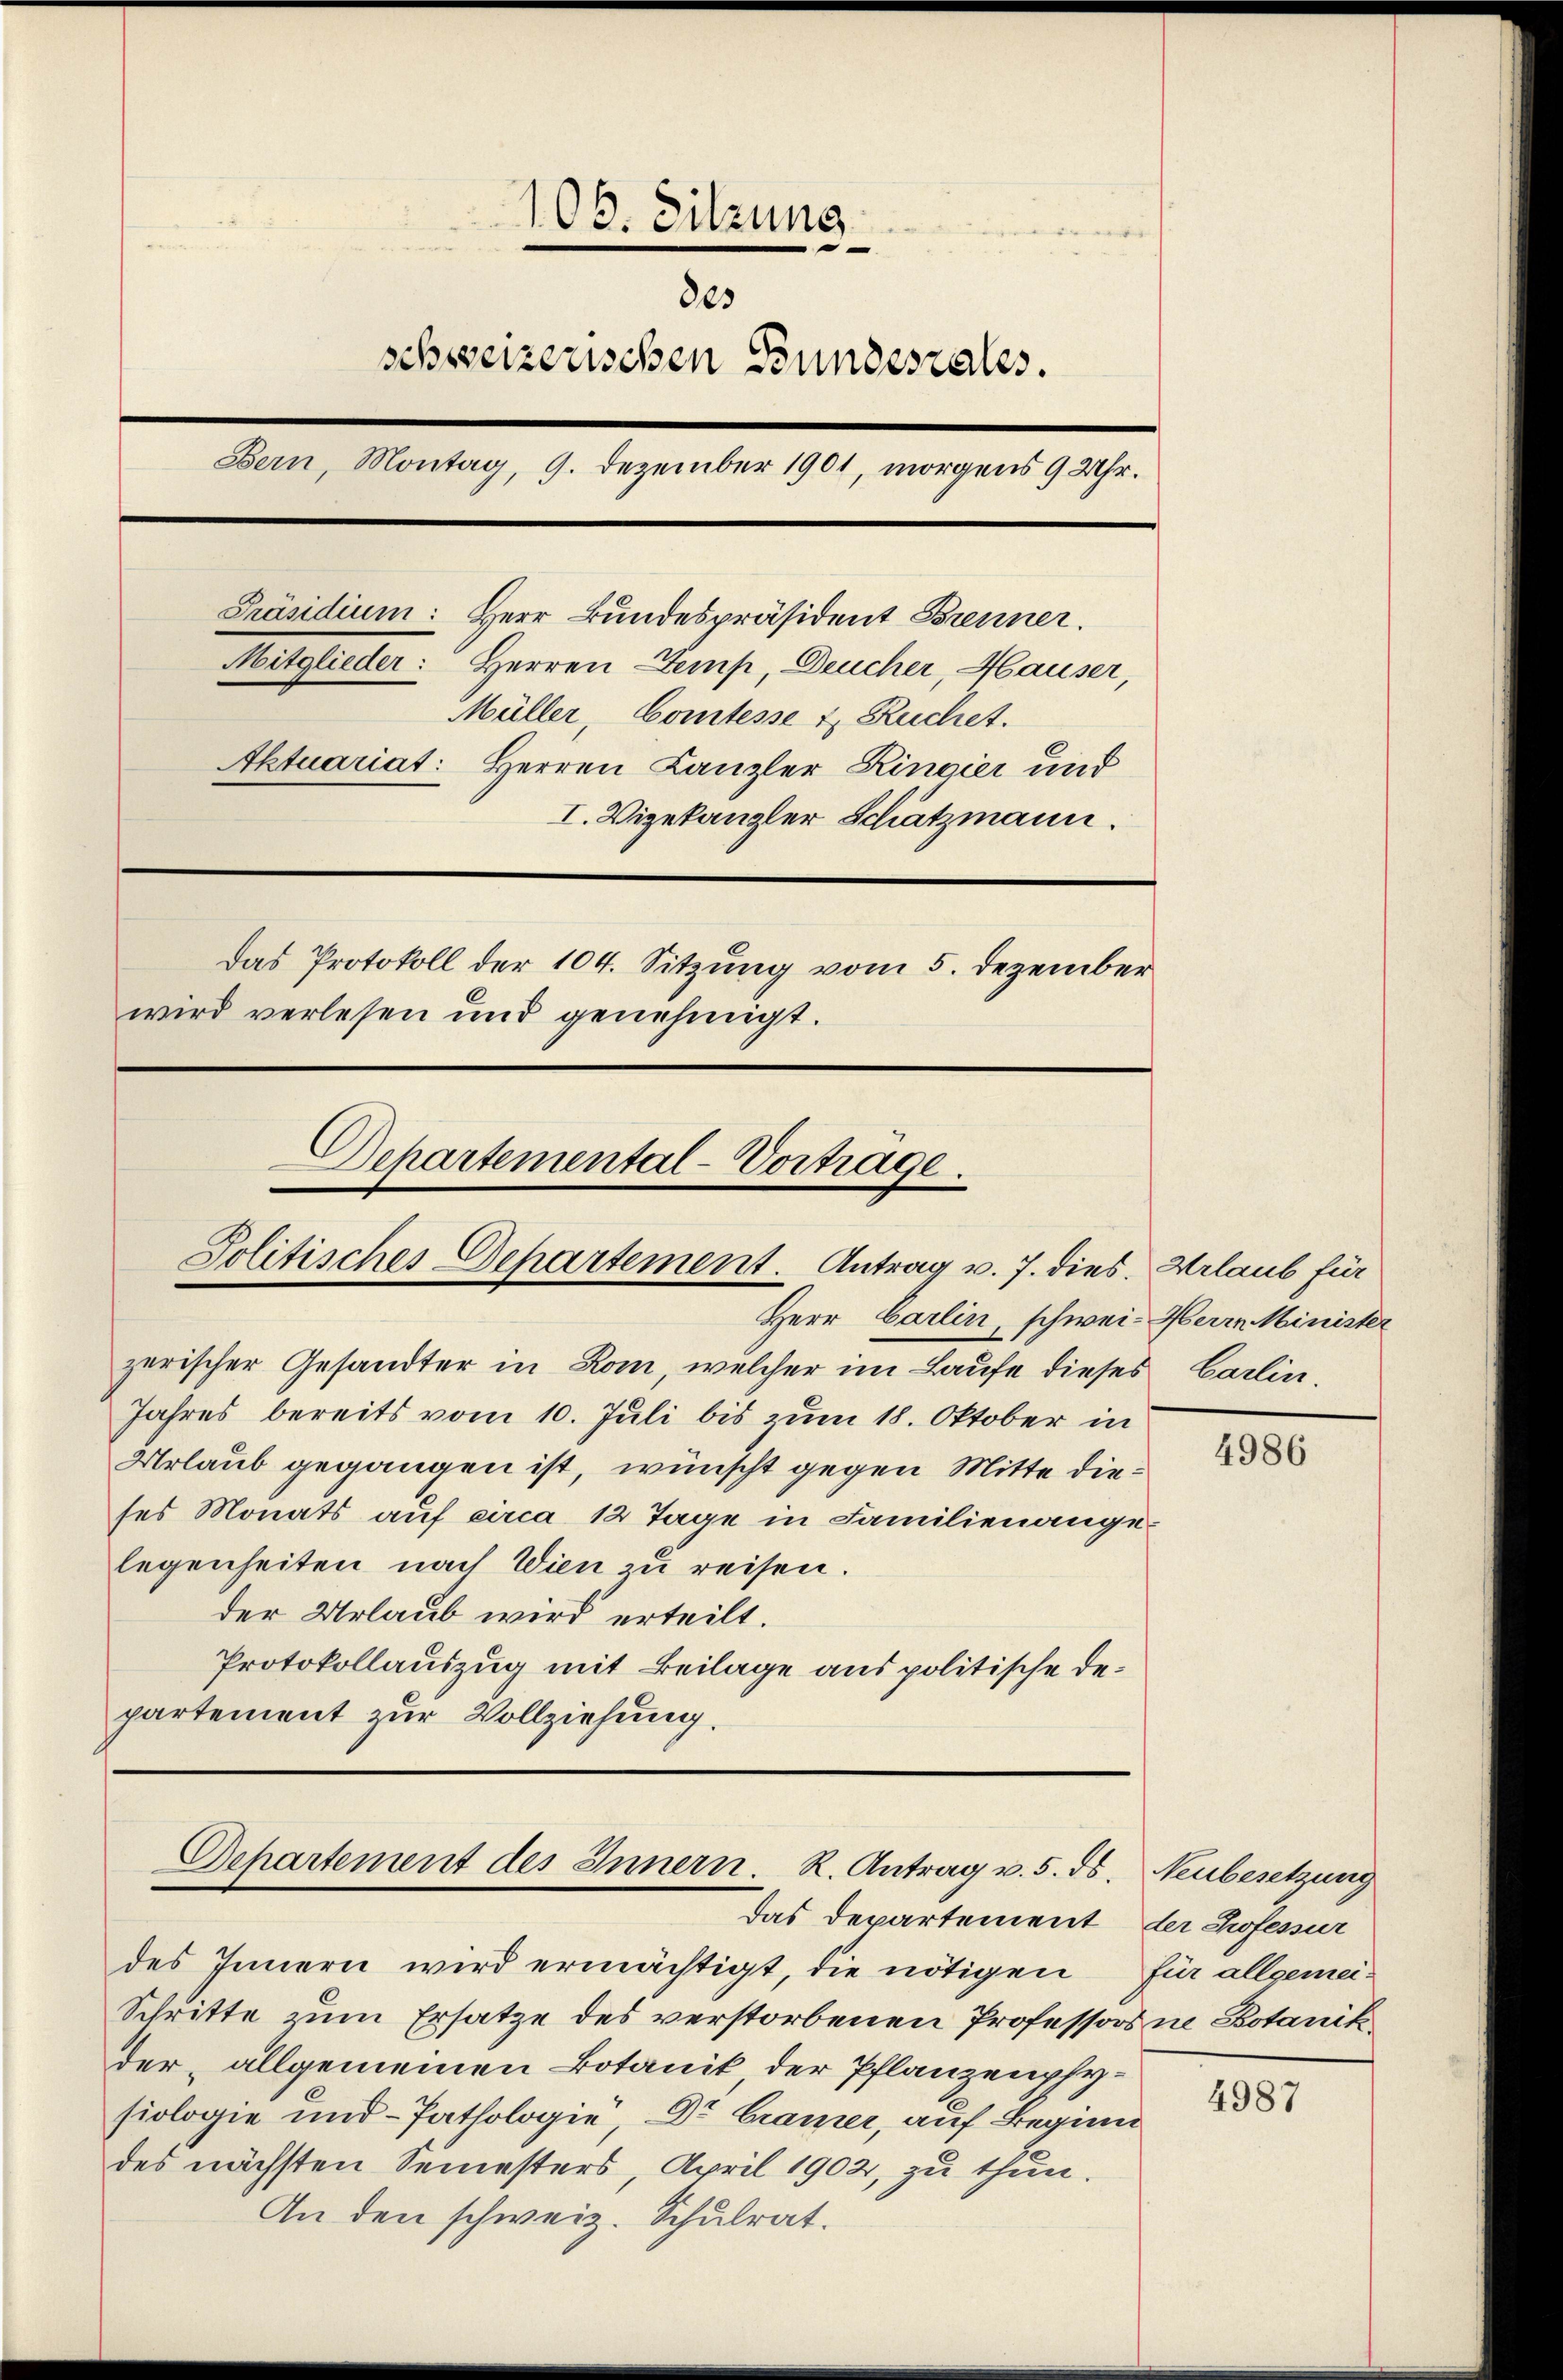
108. Sitzung
8es
schweizerischen Bundesrates.
Bern, Montag, 9. Dezember 1901, morgens 9 Uhr.
Präsidium: Herr Bundespräsident Brenner.
Mitglieder: Herren Temp, Deucher, Hauser,
Müller, Comtesse & Ruchet.
Aktuariat: Herren Kanzler Ringier und
I. Vizekanzler Schatzmann.
Das Protokoll der 104. Sitzung vom 5. Dezember
wird verlesen und genehmigt.

Departemental-Vortrage.
Solitisches Departement. Antrag v. 7. dies Urlaub für

Herr Carlin, schwei- Herrn Minister
zerischer Gesandter in Rom, welcher im Laufe dieses
Jahres bereits vom 10. Juli bis zum 18. Oktober in
Urlaub gegangen ist, wünscht gegen Mitte dieses Monats auf circa 12 Tage in Familienange-
legenheiten nach Wien zu reisen.
der Urlaub wird erteilt.
Protokollauszug mit Beilage aus politische Departement zur Vollziehung.

Departement des Innern. R. Antrag v. 5. ds.

des Innern wird ermächtigt, die nötigen für allgemei¬
Schritte zum Ersatze des verstorbenen Professors ne Botanik
der, allgemeinen Botanik der Pflanzenphysiologie und Pathologie, Dr. Cramer, auf Beginn
des nächsten Semesters, April 1902, zu thun.
An den schweiz. Schulrat.

Das Departement der Professur

Carlin.

4986

Neubesetzung

4987